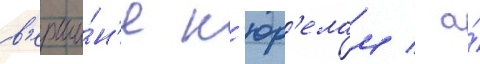
в'ерши́н'е к'юр'елам / а́